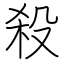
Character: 殺